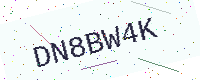
Text: DN8BW4K